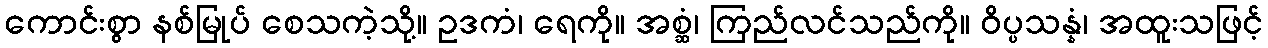
ကောင်းစွာ နစ်မြုပ် စေသကဲ့သို့။ ဥဒကံ၊ ရေကို။ အစ္ဆံ၊ ကြည်လင်သည်ကို။ ဝိပ္ပသန္နံ၊ အထူးသဖြင့်